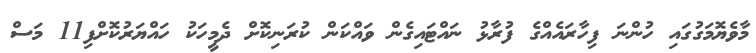
މާވެޔޮމަގުގައި ހުންނަ ފިހާރައެއްގެ ފުރާޅު ނައްޓައިގެން ވައްކަން ކުރަނިކޮށް ދެމީހަކު ހައްޔަރުކޮށްފި11 މަސް